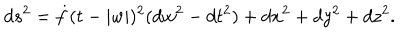
d s ^ { 2 } = \dot { f } ( t - | w | ) ^ { 2 } ( d w ^ { 2 } - d t ^ { 2 } ) + d x ^ { 2 } + d y ^ { 2 } + d z ^ { 2 } .